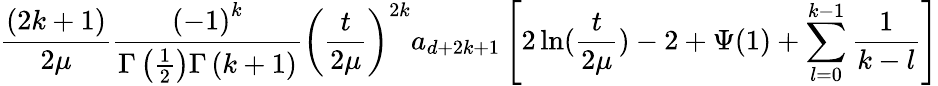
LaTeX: \frac{(2k+1)}{2\mu}\frac{\left(-1\right)^{k}}{\Gamma\left(\frac 12\right)\Gamma\left(k+1\right)}\left(\frac{t}{2\mu}\right)^{2k}a_{d+2k+1}\left[2\ln(\frac{t}{2\mu})-2+\Psi(1)+\sum_{l=0}^{k-1}\frac 1{k-l}\right]